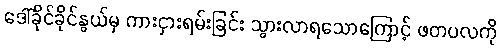
ဒေါ်ခိုင်ခိုင်နွယ်မှ ကားငှားရမ်းခြင်း သွားလာရသောကြောင့် ဖတပလကို